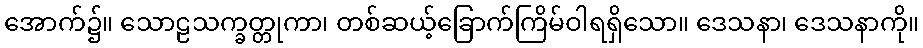
အောက်၌။ သောဠသက္ခတ္တုကာ၊ တစ်ဆယ့်ခြောက်ကြိမ်ဝါရရှိသော။ ဒေသနာ၊ ဒေသနာကို။